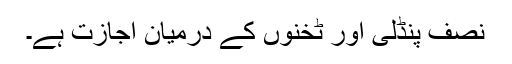
نصف پنڈلی اور ٹخنوں کے درمیان اجازت ہے۔